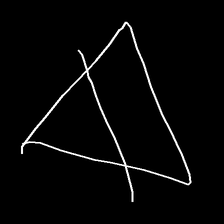
Glyph: empower